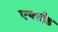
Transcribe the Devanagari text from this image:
एयरहेड